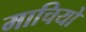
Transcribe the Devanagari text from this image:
माचियो